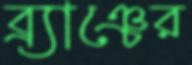
ব্র্যাঞ্চের